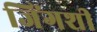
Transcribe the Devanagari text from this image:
जिंगशी